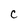
Character: c